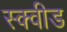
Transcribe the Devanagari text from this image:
स्क्वीड